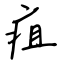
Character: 疽